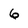
Character: 6